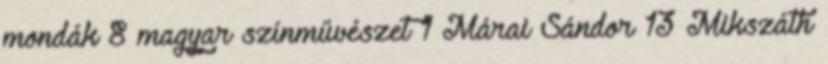
mondák 8 magyar színművészet 1 Márai Sándor 13 Mikszáth